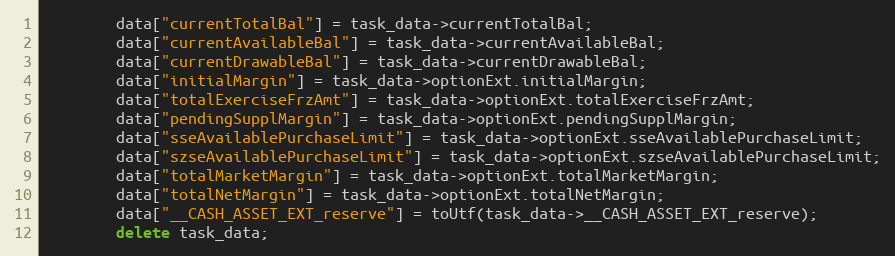
Language: C++
		data["currentTotalBal"] = task_data->currentTotalBal;
		data["currentAvailableBal"] = task_data->currentAvailableBal;
		data["currentDrawableBal"] = task_data->currentDrawableBal;
		data["initialMargin"] = task_data->optionExt.initialMargin;
		data["totalExerciseFrzAmt"] = task_data->optionExt.totalExerciseFrzAmt;
		data["pendingSupplMargin"] = task_data->optionExt.pendingSupplMargin;
		data["sseAvailablePurchaseLimit"] = task_data->optionExt.sseAvailablePurchaseLimit;
		data["szseAvailablePurchaseLimit"] = task_data->optionExt.szseAvailablePurchaseLimit;
		data["totalMarketMargin"] = task_data->optionExt.totalMarketMargin;
		data["totalNetMargin"] = task_data->optionExt.totalNetMargin;
		data["__CASH_ASSET_EXT_reserve"] = toUtf(task_data->__CASH_ASSET_EXT_reserve);
		delete task_data;